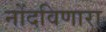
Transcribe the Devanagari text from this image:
नोंदविणारा